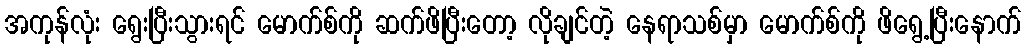
အကုန်လုံး ရွေးပြီးသွားရင် မောက်စ်ကို ဆက်ဖိပြီးတော့ လိုချင်တဲ့ နေရာသစ်မှာ မောက်စ်ကို ဖိရွေ့ပြီးနောက်